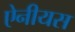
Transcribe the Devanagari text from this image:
ऐनीयस